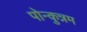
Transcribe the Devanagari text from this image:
पोन्कुन्नम